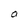
Character: O